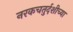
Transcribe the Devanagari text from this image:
नरकचतुर्दशीच्या